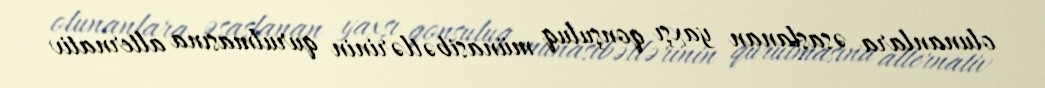
olunanlara əsaslanan yaxşı qonşuluq münasibətlərinin qurulmasına alternativ